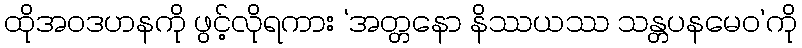
ထိုအဝဒဟနကို ဖွင့်လိုရကား ‘အတ္တနော နိဿယဿ သန္တပနမေဝ’ကို